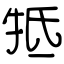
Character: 牴